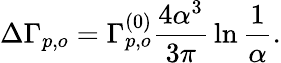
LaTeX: \Delta\Gamma_{p,o}=\Gamma_{p,o}^{(0)}{\frac{4\alpha^{3}}{3\pi}}\ln{\frac{1}{\alpha}}.